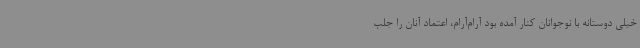
خیلی دوستانه با نوجوانان کنار آمده بود آرام‌آرام، اعتماد آنان را جلب